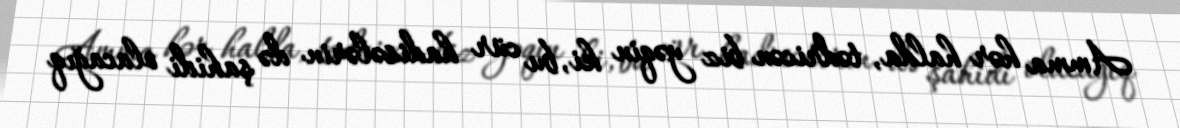
Amma hər halda, tədricən biz yəqin ki, bu cür hadisələrin də şahidi olacağıq